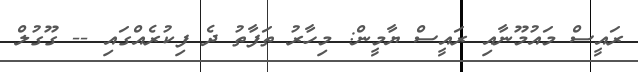
ރައީސް މައުމޫނާއި ރައީސް ޔާމީން: މިހާރު ތަފާތު ދެ ފިކުރެއްގައި -- ގޫގުލް